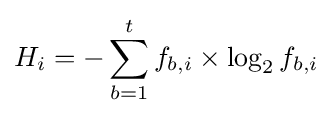
H_{i}=-\sum _{b=1}^{t}f_{b,i}\times \log _{2}f_{b,i}